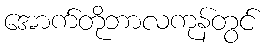
အောက်တိုဘာလကုန်တွင်